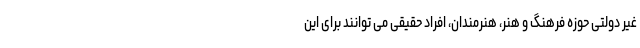
غير دولتى حوزه فرهنگ و هنر، هنرمندان، افراد حقيقى مى توانند براى اين